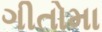
ગીતોમા